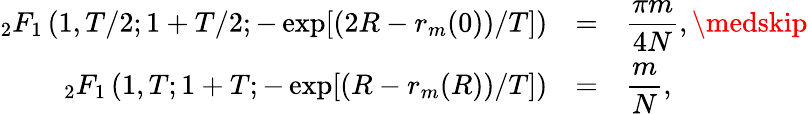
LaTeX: \begin{array}{rll}{_2F_{1}\left(1,T/2;1+T/2;-\exp[(2R-r_{m}(0))/T]\right)}&{=}&{\displaystyle\frac{\pi m}{4N},\medskip}\\ {_2F_{1}\left(1,T;1+T;-\exp[(R-r_{m}(R))/T]\right)}&{=}&{\displaystyle\frac{m}{N},}\end{array}